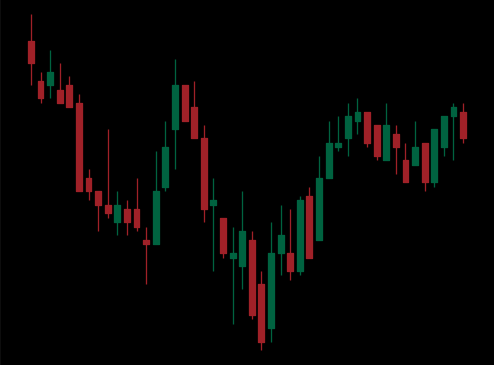
Pattern: inverse_head_shoulders